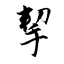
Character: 挈